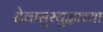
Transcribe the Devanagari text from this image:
देवासुरयुद्धाच्या